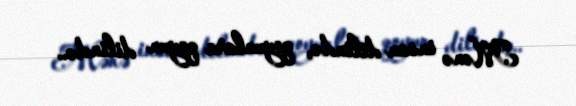
Mənə insan dilində, qoyunlara qoyun dilində..